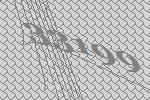
33199